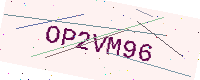
Text: OP2VM96